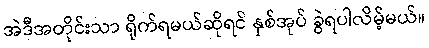
အဲဒီအတိုင်းသာ ရိုက်ရမယ်ဆိုရင် နှစ်အုပ် ခွဲရပါလိမ့်မယ်။